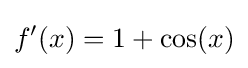
f'(x)=1+\cos(x)